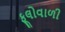
ફૂલોવાળી